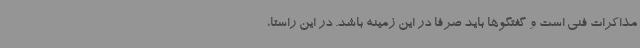
مذاکرات فنی است و گفتگوها باید صرفا در این زمینه باشد. در این راستا،